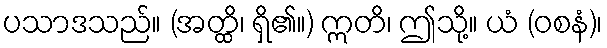
ပသာဒသည်။ (အတ္ထိ၊ ရှိ၏။) ဣတိ၊ ဤသို့။ ယံ (ဝစနံ)၊